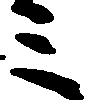
三